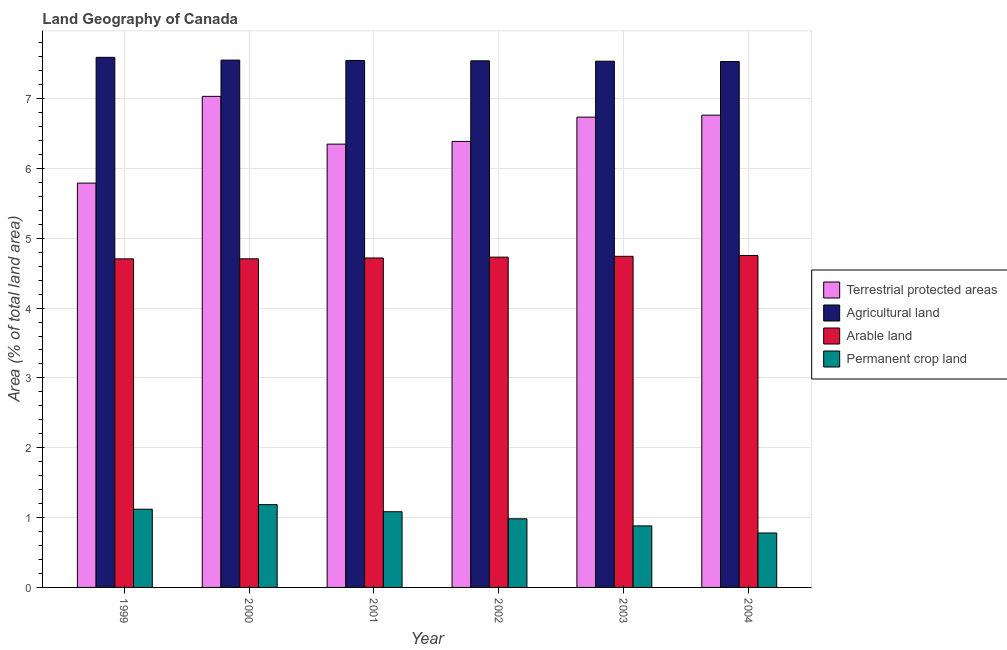
| Year | Terrestrial protected areas | Agricultural land | Arable land | Permanent crop land |
 | --- | --- | --- | --- | --- |
 | 1999 | 5.79 | 7.59 | 4.7 | 1.12 |
 | 2000 | 7.03 | 7.55 | 4.71 | 1.19 |
 | 2001 | 6.35 | 7.55 | 4.72 | 1.08 |
 | 2002 | 6.39 | 7.54 | 4.73 | 0.982 |
 | 2003 | 6.73 | 7.53 | 4.74 | 0.881 |
 | 2004 | 6.76 | 7.53 | 4.75 | 0.779 |